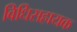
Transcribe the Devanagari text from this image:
विधिसहायक